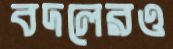
বদলেরও